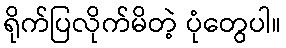
ရိုက်ပြလိုက်မိတဲ့ ပုံတွေပါ။